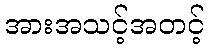
အားအသင့်အတင့်